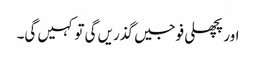
اور پچھلی فوجیں گذریں گی تو کہیں گی۔